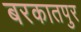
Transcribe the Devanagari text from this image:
बरकातपुर